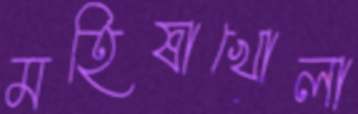
মহিষাখোলা